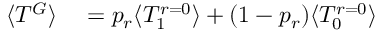
\begin{array} { r l } { \langle T ^ { G } \rangle } & { { } = p _ { r } \langle T _ { 1 } ^ { r = 0 } \rangle + ( 1 - p _ { r } ) \langle T _ { 0 } ^ { r = 0 } \rangle } \end{array}